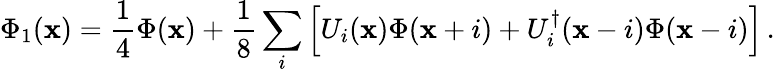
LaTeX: \Phi_{1}(\mathbf{x})=\frac{{1}}{{4}}\Phi(\mathbf{x})+\frac{{1}}{{8}}\sum_{i}\Big[U_{i}(\mathbf{x})\Phi(\mathbf{x}+i)+U_{i}^{\dagger}(\mathbf{x}-i)\Phi(\mathbf{x}-i)\Big]\, .